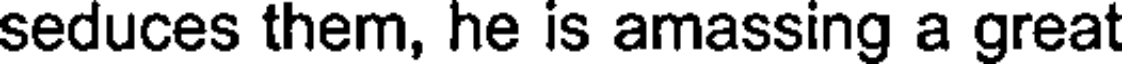
seduces them, he is amassing a great